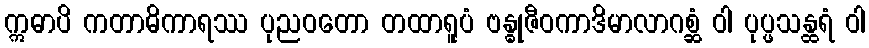
ဣဓာပိ ကတာဓိကာရဿ ပုညဝတော တထာရူပံ ဗန္ဓုဇီဝကာဒိမာလာဂစ္ဆံ ဝါ ပုပ္ဖသန္ထရံ ဝါ